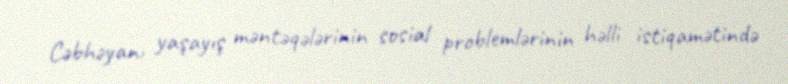
Cəbhəyanı yaşayış məntəqələrinin sosial problemlərinin həlli istiqamətində